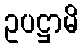
ဥပဋ္ဌာမိ